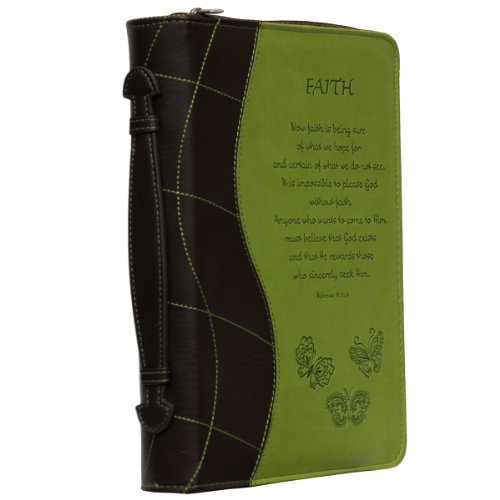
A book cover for Green "Faith" Bible / Book Cover - Hebrews 11:1, 6 (Medium); Christian Books & Bibles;